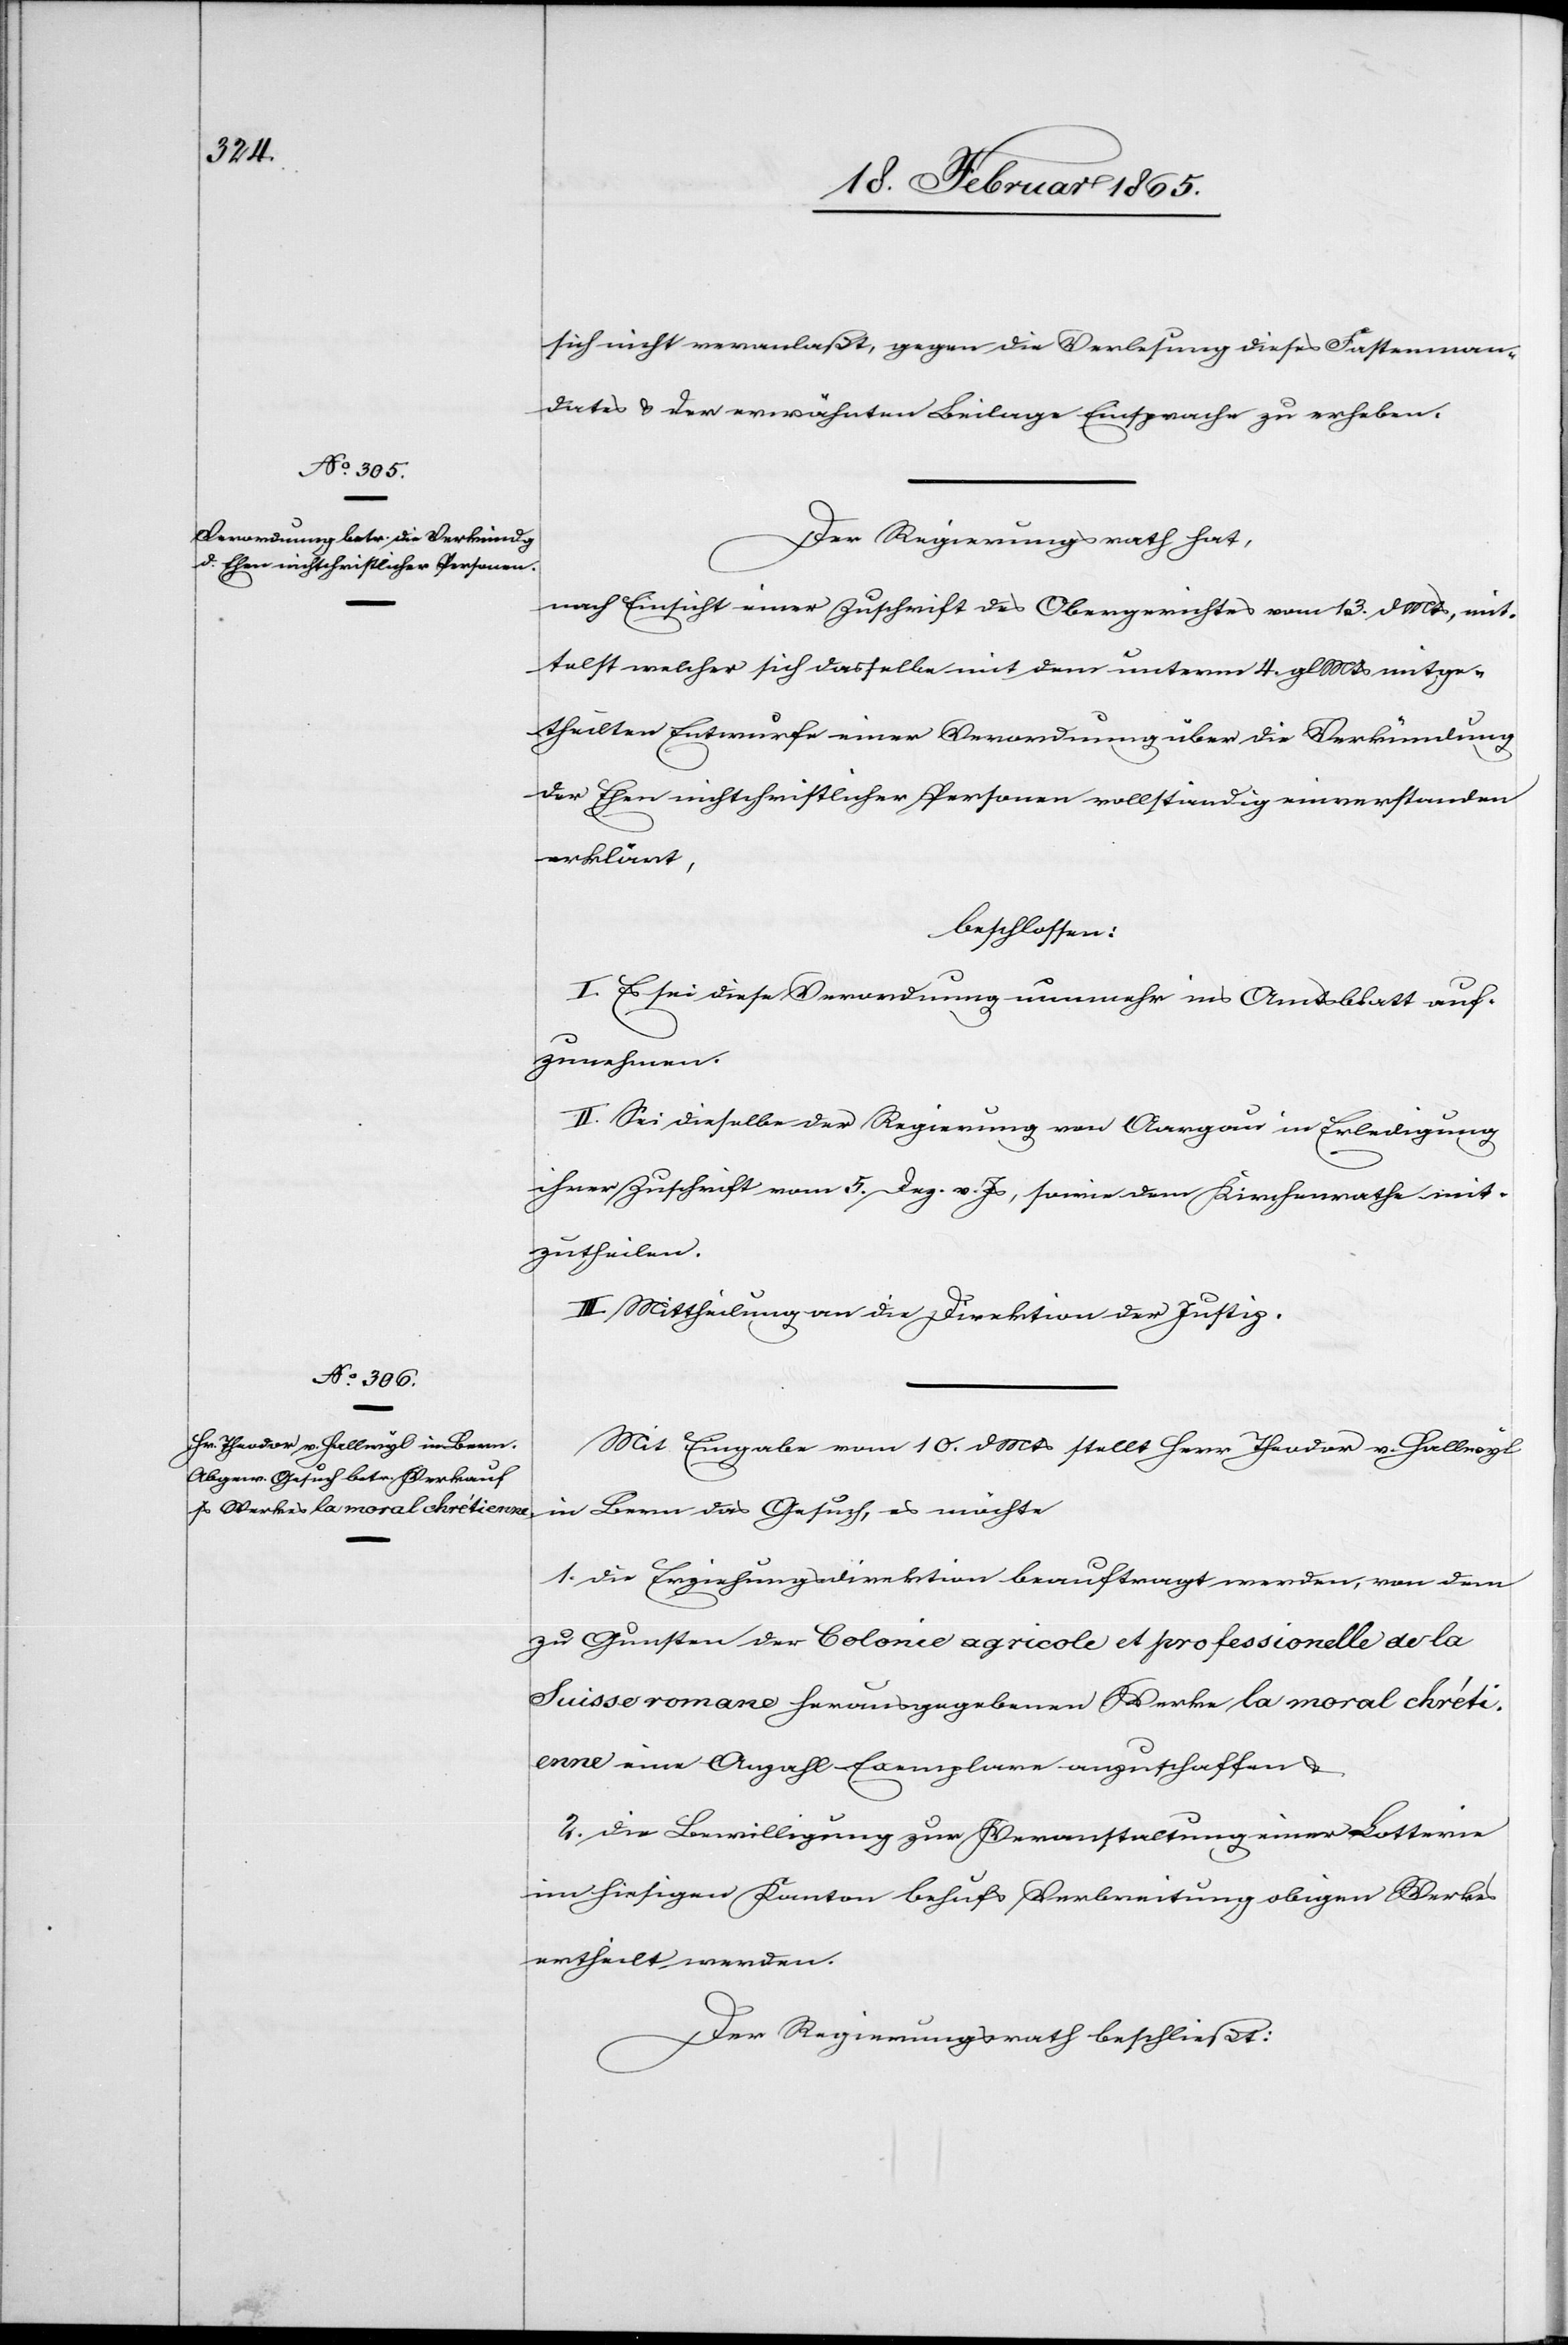
sich nicht veranlaßt, gegen die Verlesung dieses Fastenman¬
dates u. der erwähnten Beilage Einsprache zu erheben.
Der Regierungsrath hat,
nach Einsicht einer Zuschrift des Obergerichtes vom 13 d. Mts, mit¬
telst welcher sich dasselbe mit dem unterm 4. gl Mts mitge¬
theilten Entwurfe einer Verordnung über die Verkündung
der Ehen nichtchristlicher Personen vollständig einverstanden
erklärt,
beschlossen
I. Es sei diese Verordnung nunmehr ins Amtsblatt auf¬
zunehmen.
II. Sei dieselbe der Regierung von Aargau in Erledigung
ihrer Zuschrift vom 5. Dez. v. Js, sowie dem Kirchenrathe mit¬
zutheilen.
III. Mittheilung an die Direktion der Justiz.
Mit Eingabe vom 10. d Mts stellt Herr Theodor v. Hallwyl
in Bern das Gesuch, es möchte
1. die Erziehungsdirektion beauftragt werden, von dem
zu Gunsten der Colonie agricole et professionelle de la
Suisse romane herausgegebenen Werke la moral chréti¬
enne eine Anzahl Exemplare anzuschaffen u.
2. die Bewilligung zur Veranstaltung einer Lotterie
im hiesigen Kanton behufs Verbreitung obigen Werkes
ertheilt werden.
Der Regierungsrath beschließt: